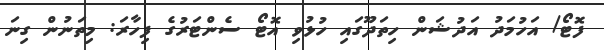
ފޮޓޯ/ އަހުމަދު އަދުޝަން ހިތަދޫގައި ހުޅުވި އޮޓޯ ސެންޓަރުގެ ފިހާރަ: މިތަނުން ގިނަ